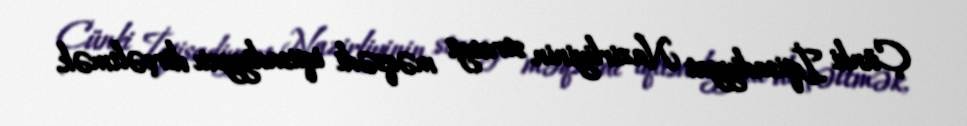
Çünki İqtisadiyyat Nazirliyinin strateji məqsədi iqtisadiyyatı dirçəltmək,